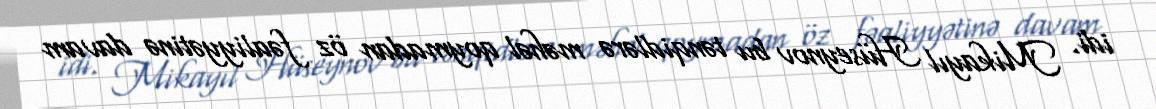
idi. Mikayıl Hüseynov bu tənqidlərə məhəl qoymadan öz fəaliyyətinə davam